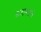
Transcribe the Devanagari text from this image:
कडाक्याचे